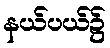
နယ်ပယ်၌